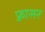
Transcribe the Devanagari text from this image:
फ़्रासर